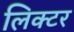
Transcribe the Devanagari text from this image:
लिक्टर